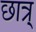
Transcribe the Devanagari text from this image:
छात्र्